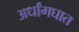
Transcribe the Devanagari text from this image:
अर्धांगघात